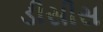
ડીસીસ